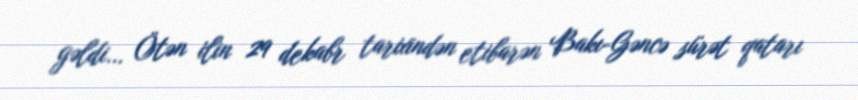
gəldi... Ötən ilin 29 dekabr tarixindən etibarən Bakı-Gəncə sürət qatarı